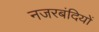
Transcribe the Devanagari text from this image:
नजरबंदियों